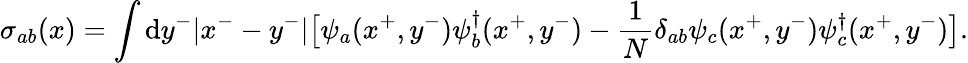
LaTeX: \sigma_{ab}(x)=\int\mathrm{d}y^{-}|x^{-}-y^{-}|\big[\psi_{a}(x^{+},y^{-})\psi_{b}^{\dagger}(x^{+},y^{-})-{\frac{{1}}{{N}}}\delta_{ab}\psi_{c}(x^{+},y^{-})\psi_{c}^{\dagger}(x^{+},y^{-})\big].